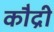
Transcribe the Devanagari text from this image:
कौद्री